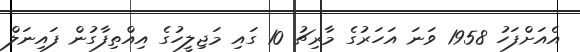
އެއަށްފަހު 1958 ވަނަ އަހަރުގެ މާރިޗު 10 ގައި މަޖިލީހުގެ އިއްތިފާގުން ފައިނަލް